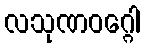
လသုဏဝဂ္ဂေါ